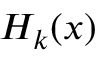
H _ { k } ( x )